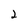
Character: 2